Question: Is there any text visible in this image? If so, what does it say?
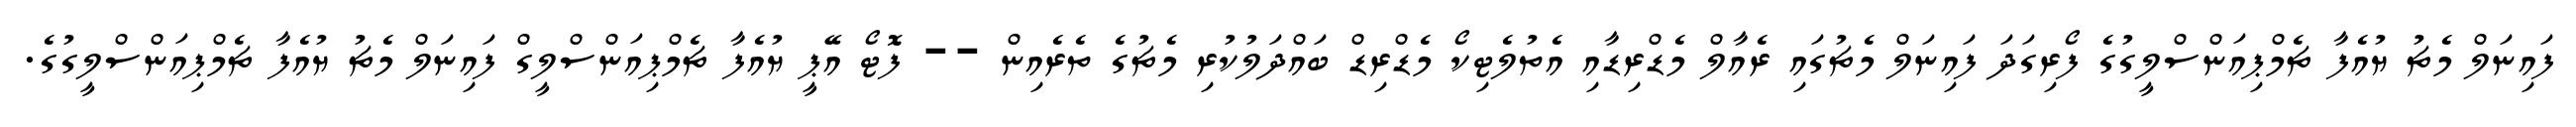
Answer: ފައިނަލް މެޗު ޔުއެފާ ޗެމްޕިއަންސްލީގުގެ ފޯރިގަދަ ފައިނަލް މެޗުގައި ރެއާލް މެޑްރިޑާއި އެތުލެޓިކޯ މެޑްރިޑް ބައްދަލުކުރި މެޗުގެ ތެރެއިން -- ފޮޓޯ އޭޕީ ޔުއެފާ ޗެމްޕިއަންސްލީގް ފައިނަލް މެޗު ޔުއެފާ ޗެމްޕިއަންސްލީގުގެ.